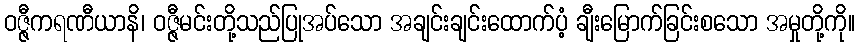
ဝဇ္ဇီကရဏီယာနိ၊ ဝဇ္ဇီမင်းတို့သည်ပြုအပ်သော အချင်းချင်းထောက်ပံ့ ချီးမြောက်ခြင်းစသော အမှုတို့ကို။